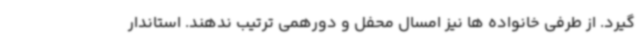
گیرد. از طرفی خانواده ها نیز امسال محفل و دورهمی ترتیب ندهند. استاندار